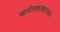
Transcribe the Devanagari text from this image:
खगोलशास्त्राप्रमाणे